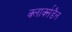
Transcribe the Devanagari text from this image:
क्लार्क्सडैल